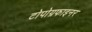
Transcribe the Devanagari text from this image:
टोपोग्रफाइनर